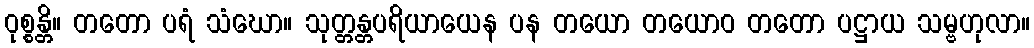
ဝုစ္စန္တိ။ တတော ပရံ သံဃော။ သုတ္တန္တပရိယာယေန ပန တယော တယောဝ တတော ပဋ္ဌာယ သမ္ဗဟုလာ။